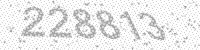
Solution: 228813